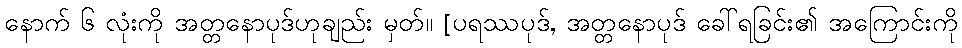
နောက် ၆ လုံးကို အတ္တနောပုဒ်ဟုချည်း မှတ်။ [ပရဿပုဒ်, အတ္တနောပုဒ် ခေါ်ရခြင်း၏ အကြောင်းကို